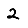
Digit: 2